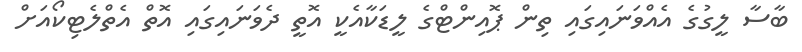
ބާސާ ލީގުގެ އެއްވަނައިގައި ތިން ޕޮއިންޓްގެ ލީޑަކާއެކީ އޮތީ ދެވަނައިގައި އޮތް އެތްލެޓިކޯއަށް